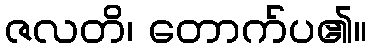
ဇလတိ၊ တောက်ပ၏။